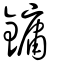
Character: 鏞